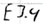
Text: E3.4